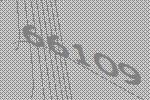
66109